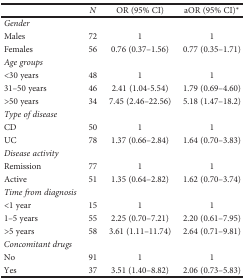
<table><thead><tr><td></td><td><b><i>N</i></b></td><td><b>OR (95% CI)</b></td><td><b>aOR (95% CI)<sup>∗</sup></b></td></tr></thead><tbody><tr><td><i>Gender</i></td><td></td><td></td><td></td></tr><tr><td>Males</td><td>72</td><td>1</td><td>1</td></tr><tr><td>Females</td><td>56</td><td>0.76 (0.37–1.56)</td><td>0.77 (0.35–1.71)</td></tr><tr><td><i>Age groups</i></td><td></td><td></td><td></td></tr><tr><td>&lt;30 years</td><td>48</td><td>1</td><td>1</td></tr><tr><td>31–50 years</td><td>46</td><td>2.41 (1.04-5.54)</td><td>1.79 (0.69–4.60)</td></tr><tr><td>&gt;50 years</td><td>34</td><td>7.45 (2.46–22.56)</td><td>5.18 (1.47–18.2)</td></tr><tr><td><i>Type of disease</i></td><td></td><td></td><td></td></tr><tr><td>CD</td><td>50</td><td>1</td><td>1</td></tr><tr><td>UC</td><td>78</td><td>1.37 (0.66–2.84)</td><td>1.64 (0.70–3.83)</td></tr><tr><td><i>Disease activity</i></td><td></td><td></td><td></td></tr><tr><td>Remission</td><td>77</td><td>1</td><td>1</td></tr><tr><td>Active</td><td>51</td><td>1.35 (0.64–2.82)</td><td>1.62 (0.70–3.74)</td></tr><tr><td><i>Time from diagnosis</i></td><td></td><td></td><td></td></tr><tr><td>&lt;1 year</td><td>15</td><td>1</td><td>1</td></tr><tr><td>1–5 years</td><td>55</td><td>2.25 (0.70–7.21)</td><td>2.20 (0.61–7.95)</td></tr><tr><td>&gt;5 years</td><td>58</td><td>3.61 (1.11–11.74)</td><td>2.64 (0.71–9.81)</td></tr><tr><td><i>Concomitant drugs</i></td><td></td><td></td><td></td></tr><tr><td>No</td><td>91</td><td>1</td><td>1</td></tr><tr><td>Yes</td><td>37</td><td>3.51 (1.40–8.82)</td><td>2.06 (0.73–5.83)</td></tr></tbody></table>